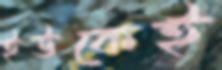
ইউকেই